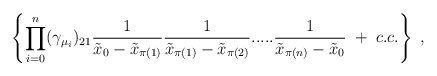
\begin{align*}\left\{ \prod_{i=0}^n (\gamma_{\mu_i})_{21}\frac{1}{\tilde{x}_0 - \tilde{x}_{\pi(1)}}\frac{1}{\tilde{x}_{\pi(1)} - \tilde{x}_{\pi(2)}} .....\frac{1}{\tilde{x}_{\pi(n)} - \tilde{x}_0} \; + \; c.c. \right\} \; ,\end{align*}